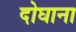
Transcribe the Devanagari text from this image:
दोघाना